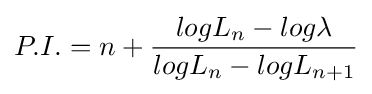
P.I.=n+{logL_{n}-log\lambda  \over logL_{n}-logL_{n+1}}